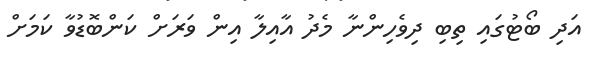
އަދި ބޯޓުގައި ތިބި ދިވެހިންނާ މެދު އާއިލާ އިން ވަރަށް ކަންބޮޑުވާ ކަމަށް